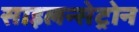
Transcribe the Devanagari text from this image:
साइलन्सेट्रोन